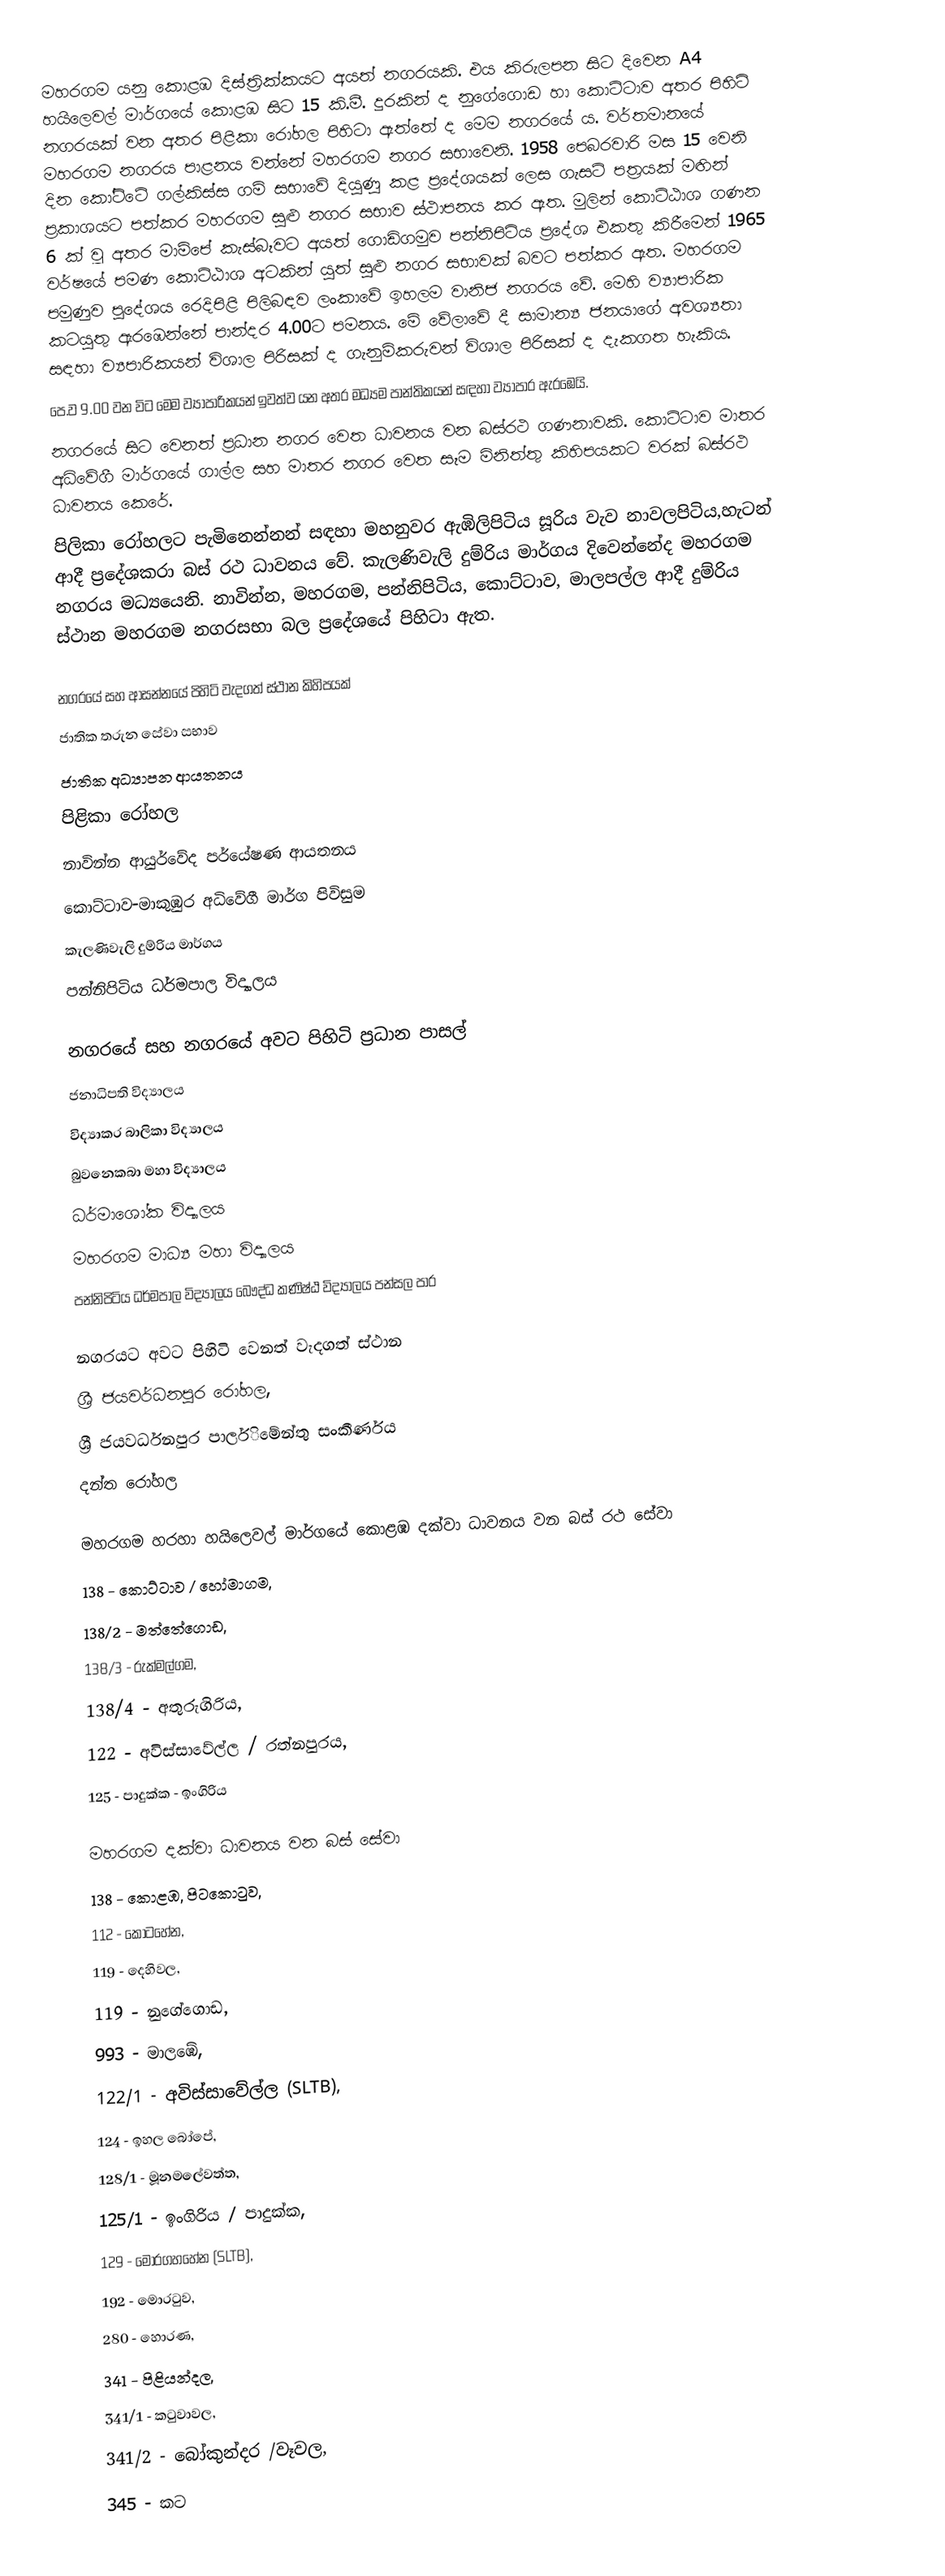
මහරගම  යනු   කොළඹ දිස්ත්‍රික්කයට අයත් නගරයකි. එය කිරුලපන  සිට දිවෙන A4 හයිලෙවල් මාර්ගයේ කොළඹ සිට 15 කි.මී. දුරකින් ද නුගේගොඩ හා කොට්ටාව අතර පිහිටි නගරයක් වන අතර පිළිකා රෝහල පිහිටා ඇත්තේ ද මෙම නගරයේ ය. වර්තමානයේ මහරගම නගරය පාළනය වන්නේ මහරගම නගර සභාවෙනි. 1958 ‍පෙබරවාරි මස 15 ‍වෙනි දින ‍කෝට්ටේ ගල්කිස්ස ගම් සභා‍වේ දියුණූ කළ ප්‍රදේශයක් ‍ලෙස ගැසට් පත්‍රයක් මඟින් ප්‍රකාශයට පත්කර මහරගම සුළු නගර සභා‍ව ස්ථාපනය කර ඇත. මුලින් ‍කොට්ඨාශ ගණන 6 ක් වූ අතර මාම්‍‍‍පේ කැස්බෑවට අයත් ‍ගොඩිගමුව පන්නිපිටිය ප්‍රදේශ එකතු කිරී‍මෙන් 1965 වර්ෂ‍යේ පමණ ‍කොට්ඨාශ අටකින් යුත් සුළු නගර සභාවක් බවට පත්කර ඇත. මහරගම පමුණුව පුදේශය රෙදිපිළි පිලිබඳව  ලංකාවේ ඉහලම වානිජ නගරය වේ. මෙහි ව්‍යාපාරික කටයුතු ඇරඹෙන්නේ පාන්දර 4.00ට පමනය. මේ වේලාවේ දී සාමාන්‍ය ජනයාගේ අවශ්‍යතා සඳහා ව්‍යපාරිකයන් විශාල පිරිසක් ද ගැනුම්කරුවන් විශාල පිරිසක් ද දැකගත හැකිය.
පෙ.ව 9.00 වන විට මෙම ව්‍යාපාරිකයන් ඉවත්ව යන අතර මධ්‍යම පාන්තිකයන් සඳහා ව්‍යාපාර ඇරඹෙයි.
නගරයේ සිට වෙනත් ප්‍රධාන නගර වෙත ධාවනය වන බස්රථ ගණනාවකි. කොට්ටාව මාතර අධිවේගී මාර්ගයේ ගාල්ල සහ මාතර නගර වෙත සෑම මිනිත්තු කිහිපයකට වරක් බස්රථ ධාවනය කෙරේ.
පිලිකා රෝහලට පැමිනෙන්නන් සඳහා මහනුවර ඇඹිලිපිටිය සූරිය වැව නාවලපිටිය,හැටන් ආදී ප්‍රදේශකරා බස් රථ ධාවනය වේ. කැලණිවැලි දුම්රිය මාර්ගය දිවෙන්නේද මහරගම නගරය මධ්‍යයෙනි. නාවින්න, මහරගම, පන්නිපිටිය, කොට්ටාව, මාලපල්ල ආදී දුම්රිය ස්ථාන මහරගම නගරසභා බල ප්‍රදේශයේ පිහිටා ඇත.

නගරයේ සහ ආසන්නයේ පිහිටි වැදගත් ස්ථාන කිහිපයක්
 ජාතික තරුන සේවා සභාව
 ජාතික අධ්‍යාපන ආයතනය
 පිළිකා රෝහල
 නාවින්න ආයුර්වේද පර්යේෂණ ආයතනය
 කොට්ටාව-මාකුඹුර අධිවේගී මාර්ග පිවිසුම
 කැලණිවැලි දුම්රිය මාර්ගය
 පන්නිපිටිය ධර්මපාල විද්‍යාලය

නගරයේ සහ නගරයේ අවට පිහිටි ප්‍රධාන පාසල්
 ජනාධිපති විද්‍යාලය
 විද්‍යාකර බාලිකා විද්‍යාලය
 බුවනෙකබා මහා විද්‍යාලය
 ධර්මාශෝක විද්‍යාලය
 මහරගම මාධ්‍ය මහා විද්‍යාලය
 පන්නිපිටිය ධර්මපාල විද්‍යාලය බෞද්ධ කණිෂ්ඨ විද්‍යාලය පන්සල පාර

නගරයට අවට පිහිටි වෙනත් වැදගත් ස්ථාන
 ශ්‍රී ජයවර්ධනපුර රෝහල,
 ශ්‍රී ජයවර්ධනපුර පාර්ලි‌‌මේන්තු සංකීර්ණය
දන්ත රෝහල

මහරගම හරහා හයිලෙවල් මාර්ගයේ කොළඹ දක්වා ධාවනය වන බස් රථ සේවා
138 - කොට්ටාව / හෝමාගම,
138/2 - මත්තේගොඩ,
138/3 - රුක්මල්ගම,
138/4 - අතුරුගිරිය,
122 - අවිස්සාවේල්ල / රත්නපුරය,
125 - පාදුක්ක - ඉංගිරිය

මහරගම දක්වා ධාවනය වන බස් සේවා
138 - කොළඹ, පිටකොටුව,
112 - කොටහේන,
119 - දෙහිවල,
119 - නුගේගොඩ,
993 - මාලඹේ,
122/1 - අවිස්සාවේල්ල (SLTB),
124 - ඉහල බෝපේ,
128/1 - මූනමලේවත්ත,
125/1 - ඉංගිරිය / පාදුක්ක,
129 - මොරගහහේන (SLTB),
192 - මොරටුව,
280 - හොරණ,
341 - පිළියන්දල,
341/1 - කටුවාවල,
341/2 - බෝකුන්දර /වෑවල,
345 - කට